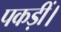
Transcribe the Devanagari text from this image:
पकड़ीं।